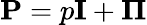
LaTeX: \mathbf P=p\mathbf I+\boldsymbol\Pi